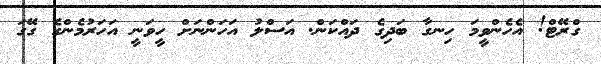
ގްރޭޓް! އެހެންވީމަ ހިނގާ ބަދިގެ ދައްކަން. އަސްލު އަހަންނަށް ހީވަނީ އަހަރުމެންގެ ގޭގަ